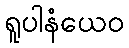
ရူပါနံယေဝ